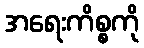
အရေးကိစ္စကို